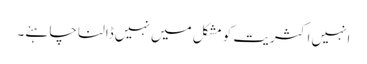
انہیں اکثریت کو مشکل میں نہیں ڈالنا چاہئے۔